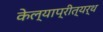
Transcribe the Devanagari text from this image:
केल्याप्रीत्यर्थ